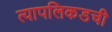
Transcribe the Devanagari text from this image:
त्यापलिकडची